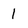
Character: 1